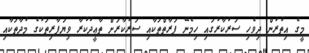
މީގެ އިތުރުން ދިވެހި ސަރުކާރުގައި ހިމެނޭ ފަރާތްތަކާއި ސަރުކާރަށް ތާޢީދުކުރާ ވިޔަފާރިތަކުގެ މުދާތަކާއި